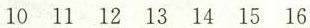
10 11 12 13 14 15 16